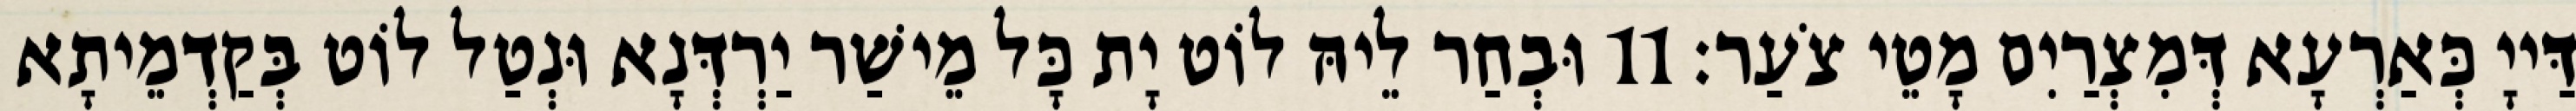
דַּייָ כְּאַרְעָא דְּמִצְרַיִם מָטֵי צֹעַר׃ 11 וּבְחַר לֵיהּ לוֹט יָת כָּל מֵישַׁר יַרְדְּנָא וּנְטַל לוֹט בְּקַדְמֵיתָא